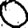
Digit: 0